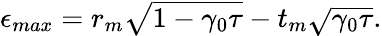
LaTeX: \begin{array}{r}{\epsilon_{max}=r_{m}\sqrt{1-\gamma_{0}\tau}-t_{m}\sqrt{\gamma_{0}\tau}.}\end{array}